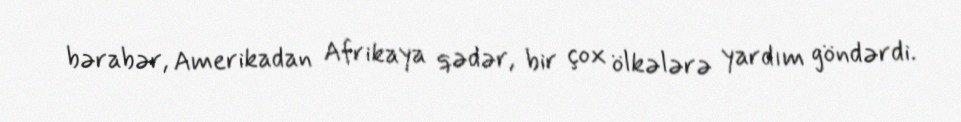
bərabər, Amerikadan Afrikaya qədər, bir çox ölkələrə yardım göndərdi.